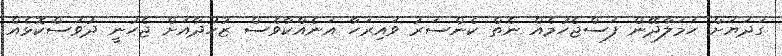
ގަދަޔަށް ހަމަލާދޭން ފަސްޖެހުމެއް ނެތް ކެންސަރު ވައިރަހާ އަނެއްކާވެސް ޒުހުދާއަށް ޖެހުނީ ދުވަސްކޮޅެއް